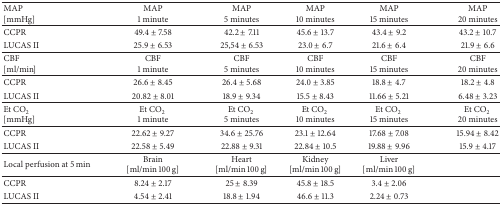
| MAP [mmHg] | MAP 1 minute | MAP 5 minutes | MAP 10 minutes | MAP 15 minutes | MAP20 minutes |
 | --- | --- | --- | --- | --- | --- |
 | CCPR | 49.4 ± 7.58 | 42.2 ± 7.11 | 45.6 ± 13.7 | 43.4 ± 9.2 | 43.2 ± 10.7 |
 | LUCAS II | 25.9 ± 6.53 | 25,54 ± 6.53 | 23.0 ± 6.7 | 21.6 ± 6.4 | 21.9 ± 6.6 |
 | CBF [ml/min] | CBF 1 minute | CBF 5 minutes | CBF 10 minutes | CBF 15 minutes | CBF 20 minutes |
 | CCPR | 26.6 ± 8.45 | 26.4 ± 5.68 | 24.0 ± 3.85 | 18.8 ± 4.7 | 18.2 ± 4.8 |
 | LUCAS II | 20.82 ± 8.01 | 18.9 ± 9.34 | 15.5 ± 8.43 | 11.66 ± 5.21 | 6.48 ± 3.23 |
 | Et CO2[mmHg] | Et CO21 minute | Et CO25 minutes | Et CO210 minutes | Et CO215 minutes | Et CO220 minutes |
 | CCPR | 22.62 ± 9.27 | 34.6 ± 25.76 | 23.1 ± 12.64 | 17.68 ± 7.08 | 15.94 ± 8.42 |
 | LUCAS II | 22.58 ± 5.49 | 22.88 ± 9.31 | 22.84 ± 10.5 | 19.88 ± 9.96 | 15.9 ± 4.17 |
 | Local perfusion at 5 min | Brain [ml/min 100 g] | Heart [ml/min 100 g] | Kidney [ml/min 100 g] | Liver [ml/min 100 g] |  |
 | CCPR | 8.24 ± 2.17 | 25 ± 8.39 | 45.8 ± 18.5 | 3.4 ± 2.06 |  |
 | LUCAS II | 4.54 ± 2.41 | 18.8 ± 1.94 | 46.6 ± 11.3 | 2.24 ± 0.73 |  |